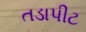
તડાપીટ